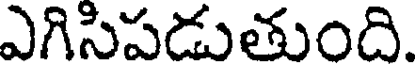
ఎగిసిపడుతుంది.